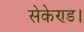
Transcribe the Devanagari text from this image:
सेकेण्ड।